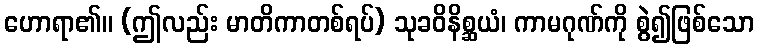
ဟောရာ၏။ (ဤလည်း မာတိကာတစ်ရပ်) သုခဝိနိစ္ဆယံ၊ ကာမဂုဏ်ကို စွဲ၍ဖြစ်သော